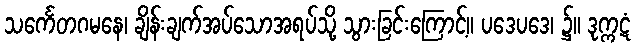
သင်္ကေတဂမနေ၊ ချိန်းချက်အပ်သောအရပ်သို့ သွားခြင်းကြောင့်။ ပဒေပဒေ၊ ၌။ ဒုက္ကဋံ